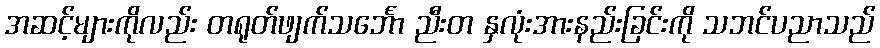
အဆင့်များကိုလည်း တရုတ်ဖျက်သင်္ဘော ညီးတ နှလုံးအားနည်းခြင်းကို သဘင်ပညာသည်